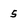
Character: 5